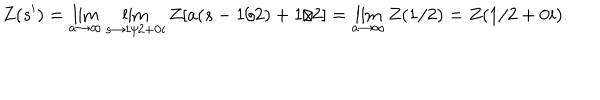
LaTeX: Z ( s ^ { \prime } ) = \lim _ { a \to \infty } \lim _ { s \to 1 / 2 + 0 i } Z [ a ( s - 1 / 2 ) + 1 / 2 ] = \lim _ { a \to \infty } Z ( 1 / 2 ) = Z ( 1 / 2 + 0 i ) .